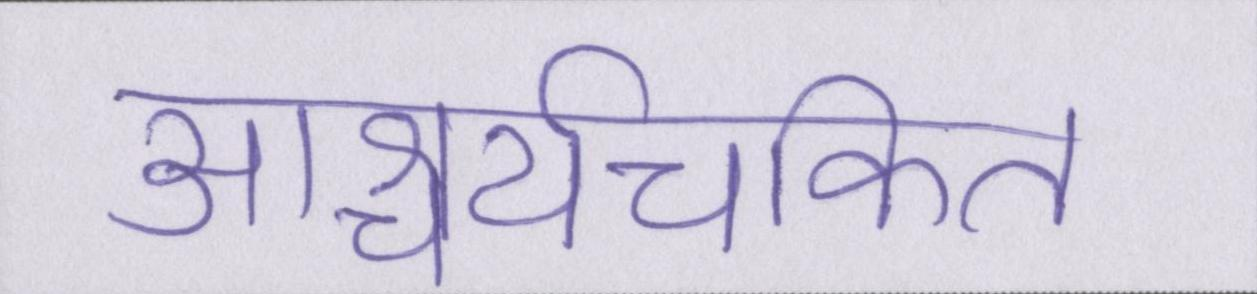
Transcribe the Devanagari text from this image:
आश्चर्यचकित